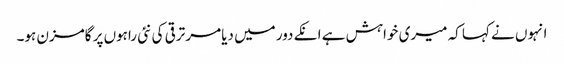
انہوں نے کہا کہ میری خواہش ہے انکے دور میں دیامر ترقی کی نئی راہوں پر گامزن ہو۔